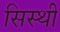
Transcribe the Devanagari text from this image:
सिस्थी